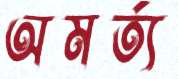
অমর্ত্য